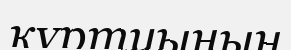
құртуының